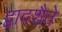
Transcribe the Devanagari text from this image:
द्वादशैते